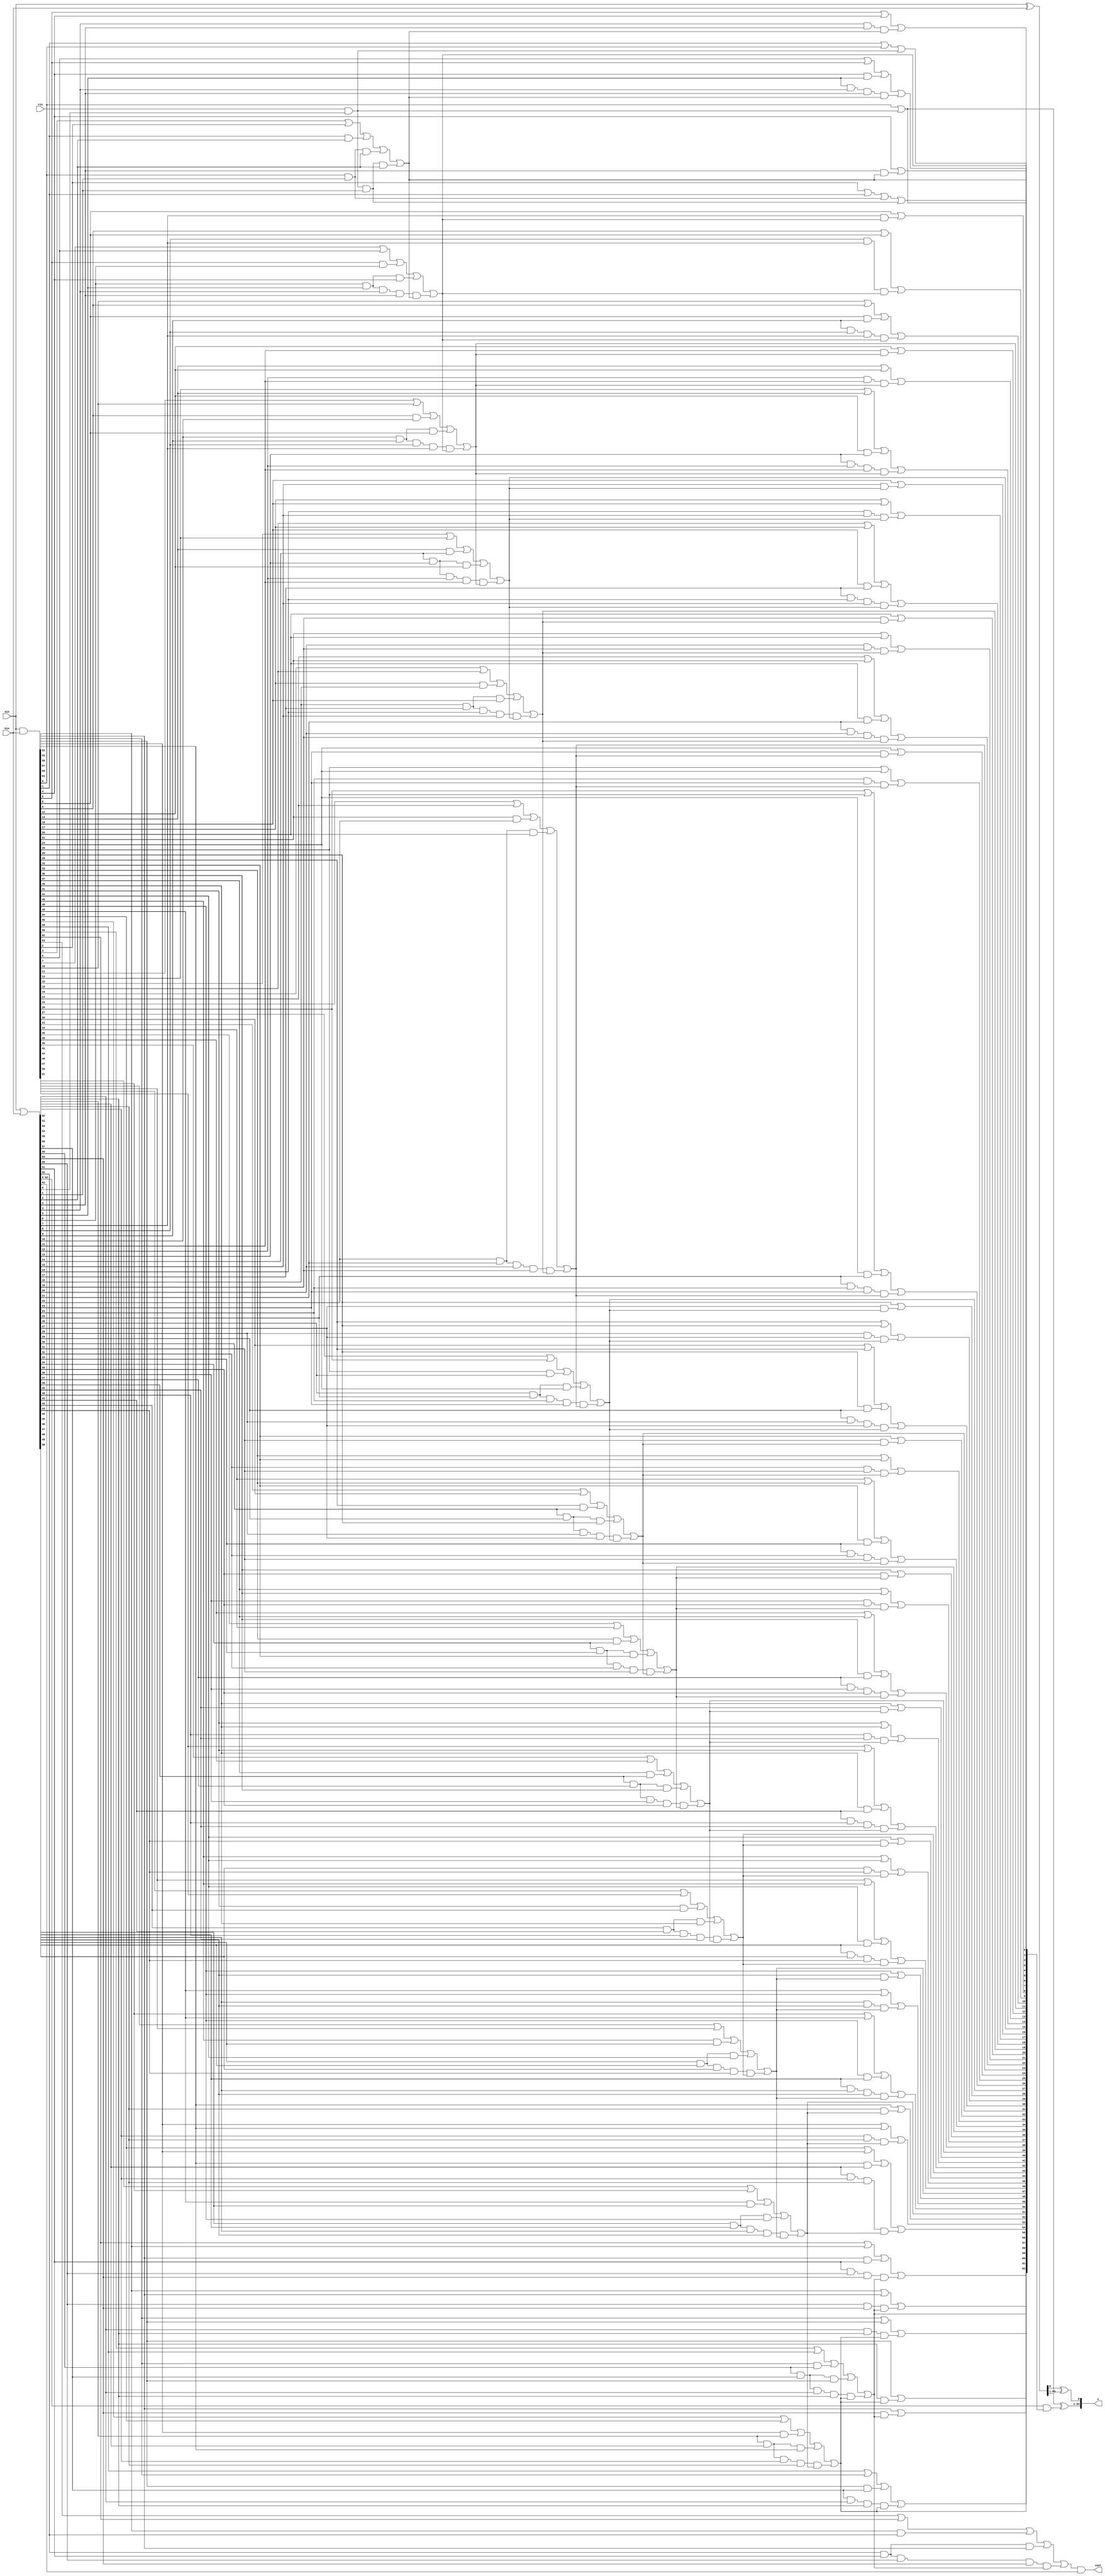
`timescale 1ns / 1ps
//////////////////////////////////////////////////////////////////////////////////
// Company: 
// Design Name: Ling 64 bit
// Module Name: ling
// Project Name: Ling Adder 64 bit
//////////////////////////////////////////////////////////////////////////////////

module ling_64(ain,bin,cin,s,cout);
 input [63:0] ain,bin;
 input cin;
 output[63:0] s;
 output cout; 
// input clk,enable;
 wire [63:0] a,b; wire c;
 wire [63:0] t,g,h,p;


	assign a = ain;
	assign b = bin;
	assign c = cin;

	assign g[63:0] = a [63:0] & b[63:0];
	assign t[63:0] = a [63:0] | b[63:0];
	assign p[63:0] = a [63:0] ^ b[63:0];
	
	
	assign h[0]   = g[0]|(c & t[0]);
	assign h[1]   = g[1]|g[0]|(c & t[0]);
	assign h[2]   = g[2]|g[1]|(g[0] & t[1])|(c & t[0] & t[1]);
	assign h[3]   = g[3]|g[2]|(g[1] & t[2])|(g[0] & t[1] & t[2])|(c & t[0] & t[1] & t[2]);

	assign h[4]   = g[4]|(t[3] & h[3]);
	assign h[5]   = g[5]|g[4]|(t[4] & t[3] & h[3]);
	assign h[6]   = g[6]|g[5]|(g[4] & t[5])|(t[5] & t[4] & t[3] & h[3]);
	assign h[7]   = g[7]|g[6]|(g[5] & t[6])|(t[6] & t[5] & g[4])|(t[6] & t[5] & t[4] & t[3] & h[3]);
	//8 bit
	
	assign h[8]   = g[8]|(t[7] & h[7]);
	assign h[9]   = g[9]|g[8]|(t[8] & t[7] & h[7]);
	assign h[10]  = g[10]|g[9]|(g[8] & t[9])|(t[9] & t[8] & t[7] & h[7]);
	assign h[11]  = g[11]|g[10]|(g[9] & t[10])|(t[10] & t[9] & g[8])|(t[10] & t[9] & t[8] & t[7] & h[7]);

	assign h[12]  = g[12]|(t[11] & h[11]);
	assign h[13]  = g[13]|g[12]|(t[12] & t[11] & h[11]);
	assign h[14]  = g[14]|g[13]|(g[12] & t[13])|(t[13] & t[12] & t[11] & h[11]);
	assign h[15]  = g[15]|g[14]|(g[13] & t[14])|(t[14] & t[13] & g[12])|(t[14] & t[13] & t[12] & t[11] & h[11]);
	//16 bit
	
	assign h[16]  = g[16]|(t[15] & h[15]);
	assign h[17]  = g[17]|g[16]|(t[16] & t[15] & h[15]);
	assign h[18]  = g[18]|g[17]|(g[16] & t[17])|(t[17] & t[16] & t[15] & h[15]);
	assign h[19]  = g[19]|g[18]|(g[17] & t[18])|(t[18] & t[17] & g[16])|(t[18] & t[17] & t[16] & t[15] & h[15]);
	
	assign h[20]  = g[20]|(t[19] & h[19]);
	assign h[21]  = g[21]|g[20]|(t[20] & t[19] & h[19]);
	assign h[22]  = g[22]|g[21]|(g[20] & t[21])|(t[21] & t[20] & t[19] & h[19]);
	assign h[23]  = g[23]|g[22]|(g[21] & t[22])|(t[22] & t[21] & g[20])|(t[22] & t[21] & t[20] & t[19] & h[19]);
	//24-bit 
	
	assign h[24]  = g[24]|(t[23] & h[23]);
	assign h[25]  = g[25]|g[24]|(t[24] & t[23] & h[23]); // 26-bit 
	assign h[26]  = g[26]|g[25]|(g[24] & t[25])|(t[25] & t[24] & t[23] & h[23]);
	assign h[27]  = g[27]|g[26]|(g[25] & t[26])|(t[26] & t[25] & g[24])|(t[26] & t[25] & t[24] & t[23] & h[23]);
	
	assign h[28]  = g[28]|(t[27] & h[27]);
	assign h[29]  = g[29]|g[28]|(t[28] & t[27] & h[27]);
	assign h[30]  = g[30]|g[29]|(g[28] & t[29])|(t[29] & t[28] & t[27] & h[27]);
	assign h[31]  = g[31]|g[30]|(g[29] & t[30])|(t[30] & t[29] & g[28])|(t[30] & t[29] & t[28] & t[27] & h[27]);
	//32 bit
	
	assign h[32]  = g[32]|(t[31] & h[31]);
	assign h[33]  = g[33]|g[32]|(t[32] & t[31] & h[31]);
	assign h[34]  = g[34]|g[33]|(g[32] & t[33])|(t[33] & t[32] & t[31] & h[31]);
	assign h[35]  = g[35]|g[34]|(g[33] & t[34])|(t[34] & t[33] & g[32])|(t[34] & t[33] & t[32] & t[31] & h[31]);
	
	assign h[36]  = g[36]|(t[35] & h[35]);
	assign h[37]  = g[37]|g[36]|(t[36] & t[35] & h[35]);
	assign h[38]  = g[38]|g[37]|(g[36] & t[37])|(t[37] & t[36] & t[35] & h[35]);
	assign h[39]  = g[39]|g[38]|(g[37] & t[38])|(t[38] & t[37] & g[36])|(t[38] & t[37] & t[36] & t[35] & h[35]);

	assign h[40]  = g[40]|(t[39] & h[39]);
	assign h[41]  = g[41]|g[40]|(t[40] & t[39] & h[39]);
	assign h[42]  = g[42]|g[41]|(g[40] & t[41])|(t[41] & t[40] & t[39] & h[39]);
	assign h[43]  = g[43]|g[42]|(g[41] & t[42])|(t[42] & t[41] & g[40])|(t[42] & t[41] & t[40] & t[39] & h[39]);
	
	assign h[44]  = g[44]|(t[43] & h[43]);
	assign h[45]  = g[45]|g[44]|(t[44] & t[43] & h[43]);
	assign h[46]  = g[46]|g[45]|(g[44] & t[45])|(t[45] & t[44] & t[43] & h[43]);
	assign h[47]  = g[47]|g[46]|(g[45] & t[46])|(t[46] & t[45] & g[44])|(t[46] & t[45] & t[44] & t[43] & h[43]);
	//48 bit
	
	assign h[48]  = g[48]|(t[47] & h[47]);
	assign h[49]  = g[49]|g[48]|(t[48] & t[47] & h[47]);
	assign h[50]  = g[50]|g[49]|(g[48] & t[49])|(t[49] & t[48] & t[47] & h[47]);
	assign h[51]  = g[51]|g[50]|(g[49] & t[50])|(t[50] & t[49] & g[48])|(t[50] & t[49] & t[48] & t[47] & h[47]);
	
	assign h[52]  = g[52]|(t[51] & h[51]);
	assign h[53]  = g[53]|g[52]|(t[52] & t[51] & h[51]);
	assign h[54]  = g[54]|g[53]|(g[52] & t[53])|(t[53] & t[52] & t[51] & h[51]);
	assign h[55]  = g[55]|g[54]|(g[53] & t[54])|(t[54] & t[53] & g[52])|(t[54] & t[53] & t[52] & t[51] & h[51]);
	
	assign h[56]  = g[56]|(t[55] & h[55]);
	assign h[57]  = g[57]|g[56]|(t[56] & t[55] & h[55]);
	assign h[58]  = g[58]|g[57]|(g[56] & t[57])|(t[57] & t[56] & t[55] & h[55]);
	assign h[59]  = g[59]|g[58]|(g[57] & t[58])|(t[58] & t[57] & g[56])|(t[58] & t[57] & t[56] & t[55] & h[55]);
	
	assign h[60]  = g[60]|(t[59] & h[59]);
	assign h[61]  = g[61]|g[60]|(t[60] & t[59] & h[59]);
	assign h[62]  = g[62]|g[61]|(g[60] & t[61])|(t[61] & t[60] & t[59] & h[59]);
	assign h[63]  = g[63]|g[62]|(g[61] & t[62])|(t[62] & t[61] & g[60])|(t[62] & t[61] & t[60] & t[59] & h[59]);
	//64 bit
	

	assign s[0] = p[0] ^ h[0];
	assign s[63:1] = p[63:1] ^ (t[62:0] & h[62:0]);
	assign cout = h[63] & t[63];
	
endmodule